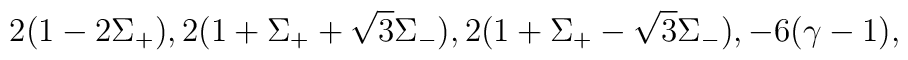
2(1 - 2\Sigma_+), 2(1 + \Sigma_+ + \sqrt{3}\Sigma_-), 2(1 + \Sigma_+ - \sqrt{3}\Sigma_-), -6(\gamma -1),